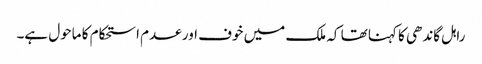
راہل گاندھی کا کہنا تھا کہ ملک میں خوف اور عدم استحکام کا ماحول ہے۔